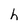
Character: h